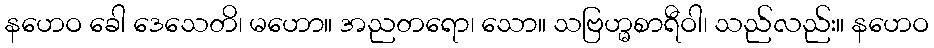
နဟေဝ ခေါ ဒေသေတိ၊ မဟော။ အညတရော၊ သော။ သဗြဟ္မစာရီဝါ၊ သည်လည်း။ နဟေဝ